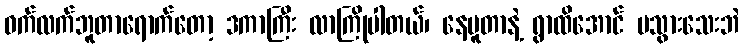
ဝက်လက်ဘူတာရောက်တော့ ဒကာကြီး လာကြိုပါတယ်၊ နေပူတာနဲ့ ရွာထိအောင် မသွားသေးဘဲ